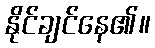
နိုင်ချင်နေ၏။